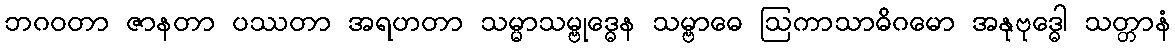
ဘဂဝတာ ဇာနတာ ပဿတာ အရဟတာ သမ္မာသမ္ဗုဒ္ဓေန သမ္ဗာဓေ ဩကာသာဓိဂမော အနုဗုဒ္ဓေါ သတ္တာနံ